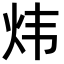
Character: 炜